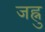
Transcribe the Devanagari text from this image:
जह्नु